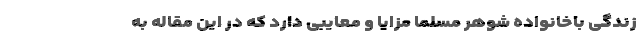
زندگی باخانواده شوهر مسلما مزایا و معایبی دارد که در این مقاله به